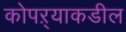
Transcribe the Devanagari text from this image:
कोपऱ्याकडील